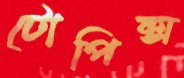
টোপিক্স